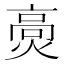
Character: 𤌾